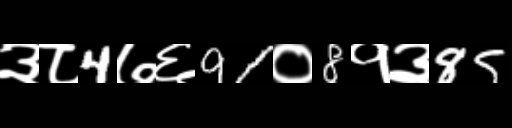
Text: ३८4७६91०8१३85